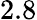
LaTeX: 2.8